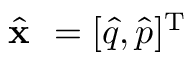
\hat { \textbf { x } } = [ \hat { q } , \hat { p } ] ^ { \mathrm { T } }